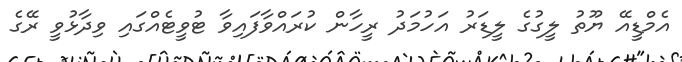
އެމްޑީއޭ ޔޫތު ލީގުގެ ލީޑަރު އަހުމަދު ރީހާން ކުރައްވާފައިވާ ޓުވީޓެއްގައި ވިދާޅުވީ ރޭގެ